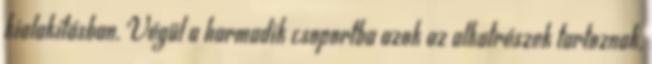
kialakításban. Végül a harmadik csoportba azok az alkatrészek tartoznak,